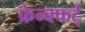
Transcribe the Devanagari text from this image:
फ्रेन्क्फर्ट्